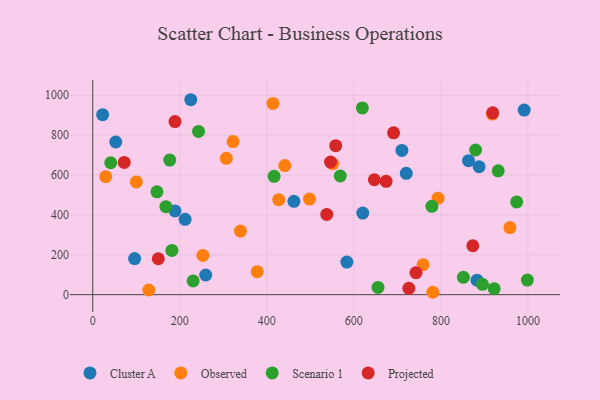
{"axis": {"x": "Investment", "y": "Rating"}, "legend": ["Cluster A", "Observed", "Projected", "Scenario 1"], "data": [{"x": "96.2", "y": 180.8, "type": "Cluster A"}, {"x": "991.4", "y": 925.5, "type": "Cluster A"}, {"x": "882.9", "y": 72.6, "type": "Cluster A"}, {"x": "863.5", "y": 671.7, "type": "Cluster A"}, {"x": "620.4", "y": 409.0, "type": "Cluster A"}, {"x": "462.3", "y": 467.9, "type": "Cluster A"}, {"x": "720.4", "y": 608.5, "type": "Cluster A"}, {"x": "225.3", "y": 977.5, "type": "Cluster A"}, {"x": "22.7", "y": 902.3, "type": "Cluster A"}, {"x": "583.9", "y": 163.2, "type": "Cluster A"}, {"x": "259.6", "y": 98.6, "type": "Cluster A"}, {"x": "52.9", "y": 765.4, "type": "Cluster A"}, {"x": "212.2", "y": 377.6, "type": "Cluster A"}, {"x": "887.8", "y": 641.4, "type": "Cluster A"}, {"x": "189.0", "y": 420.0, "type": "Cluster A"}, {"x": "710.4", "y": 723.3, "type": "Cluster A"}, {"x": "307.0", "y": 683.7, "type": "Observed"}, {"x": "29.8", "y": 591.9, "type": "Observed"}, {"x": "100.2", "y": 565.1, "type": "Observed"}, {"x": "958.6", "y": 336.3, "type": "Observed"}, {"x": "339.4", "y": 318.7, "type": "Observed"}, {"x": "427.4", "y": 476.3, "type": "Observed"}, {"x": "918.5", "y": 905.7, "type": "Observed"}, {"x": "498.1", "y": 479.2, "type": "Observed"}, {"x": "414.1", "y": 959.1, "type": "Observed"}, {"x": "253.1", "y": 196.6, "type": "Observed"}, {"x": "781.4", "y": 12.0, "type": "Observed"}, {"x": "551.4", "y": 656.8, "type": "Observed"}, {"x": "322.3", "y": 767.8, "type": "Observed"}, {"x": "759.0", "y": 150.4, "type": "Observed"}, {"x": "377.9", "y": 115.5, "type": "Observed"}, {"x": "793.4", "y": 483.8, "type": "Observed"}, {"x": "441.3", "y": 647.1, "type": "Observed"}, {"x": "128.8", "y": 23.3, "type": "Observed"}, {"x": "851.6", "y": 86.8, "type": "Scenario 1"}, {"x": "416.7", "y": 593.4, "type": "Scenario 1"}, {"x": "181.9", "y": 221.7, "type": "Scenario 1"}, {"x": "931.7", "y": 621.0, "type": "Scenario 1"}, {"x": "619.6", "y": 936.6, "type": "Scenario 1"}, {"x": "568.8", "y": 595.0, "type": "Scenario 1"}, {"x": "243.1", "y": 818.5, "type": "Scenario 1"}, {"x": "922.4", "y": 30.1, "type": "Scenario 1"}, {"x": "147.5", "y": 515.5, "type": "Scenario 1"}, {"x": "974.1", "y": 464.9, "type": "Scenario 1"}, {"x": "879.8", "y": 725.4, "type": "Scenario 1"}, {"x": "176.9", "y": 675.1, "type": "Scenario 1"}, {"x": "998.7", "y": 73.4, "type": "Scenario 1"}, {"x": "230.7", "y": 69.0, "type": "Scenario 1"}, {"x": "655.5", "y": 36.3, "type": "Scenario 1"}, {"x": "41.2", "y": 661.4, "type": "Scenario 1"}, {"x": "779.3", "y": 443.0, "type": "Scenario 1"}, {"x": "168.1", "y": 441.3, "type": "Scenario 1"}, {"x": "895.5", "y": 52.0, "type": "Scenario 1"}, {"x": "742.8", "y": 110.1, "type": "Projected"}, {"x": "873.3", "y": 245.2, "type": "Projected"}, {"x": "674.1", "y": 568.4, "type": "Projected"}, {"x": "537.7", "y": 402.5, "type": "Projected"}, {"x": "726.3", "y": 32.0, "type": "Projected"}, {"x": "919.0", "y": 911.9, "type": "Projected"}, {"x": "72.3", "y": 662.9, "type": "Projected"}, {"x": "647.1", "y": 576.2, "type": "Projected"}, {"x": "691.3", "y": 811.7, "type": "Projected"}, {"x": "558.3", "y": 747.3, "type": "Projected"}, {"x": "546.4", "y": 664.8, "type": "Projected"}, {"x": "189.0", "y": 867.7, "type": "Projected"}, {"x": "150.6", "y": 180.2, "type": "Projected"}]}